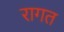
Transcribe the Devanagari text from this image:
रागत